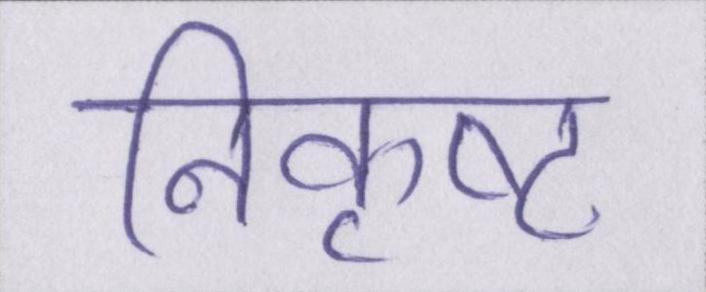
निकृष्ट